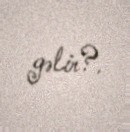
gəlir?.